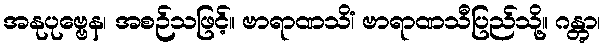
အနုပုဗ္ဗေန၊ အစဉ်သဖြင့်။ ဗာရာဏသိံ၊ ဗာရာဏသီပြည်သို့။ ဂန္တွာ၊